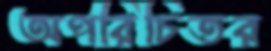
অপরিচিতর